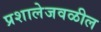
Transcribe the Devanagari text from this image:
प्रशालेजवळील